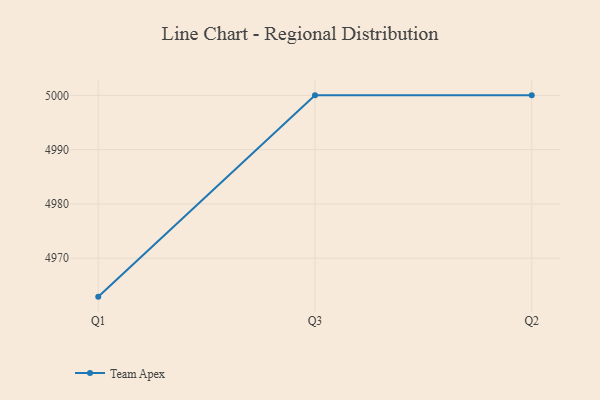
{"axis": {"x": "Quarter", "y": "Production Output"}, "legend": ["Team Apex"], "data": [{"x": "Q1", "y": 4962.9, "type": "Team Apex"}, {"x": "Q3", "y": 5000, "type": "Team Apex"}, {"x": "Q2", "y": 5000, "type": "Team Apex"}]}